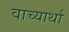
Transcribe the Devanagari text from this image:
वाच्यार्था